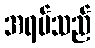
အရပ်သည်